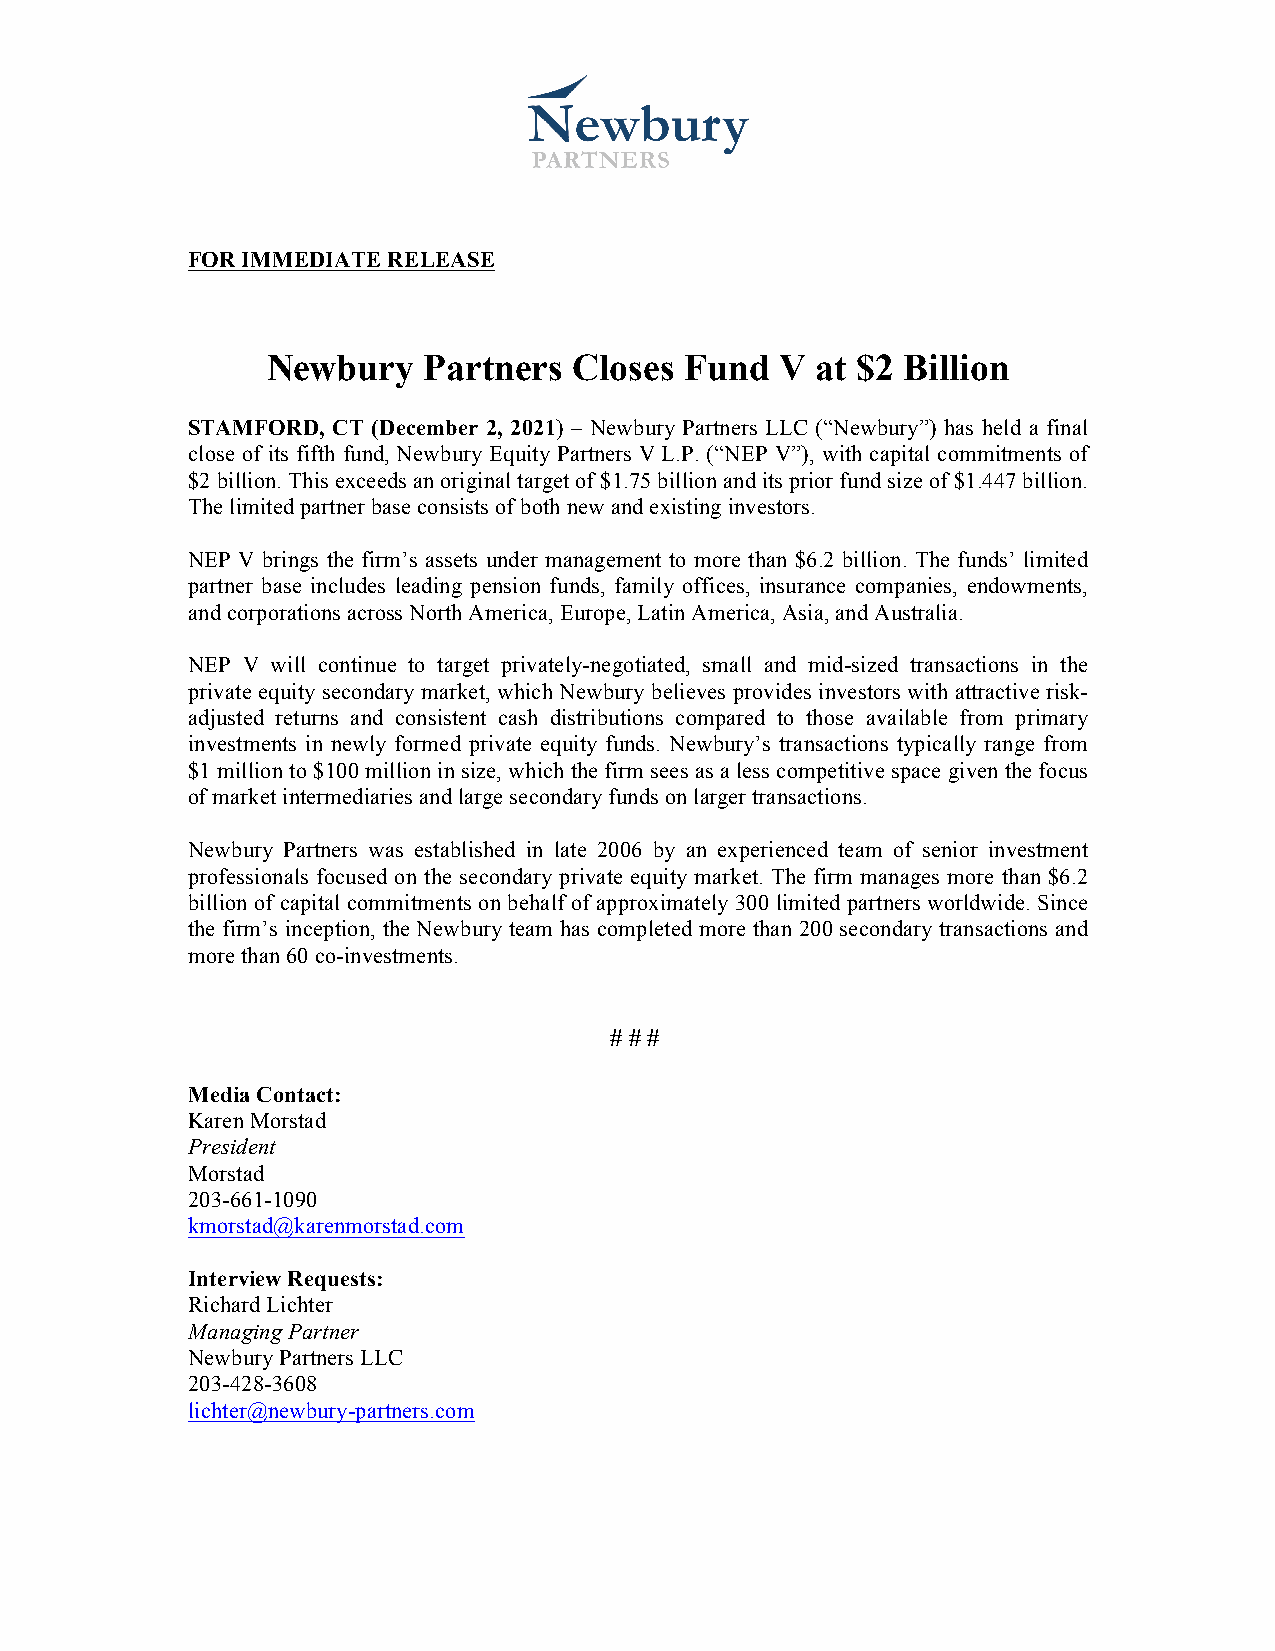
FOR IMMEDIATE RELEASE
 Newbury   Partners  Closes Fund   V at $2 Billion
 STAMFORD, CT (December 2, 2021) – Newbury Partners LLC (“Newbury”) has held a final
 close of its fifth fund, Newbury Equity Partners V L.P. (“NEP V”), with capital commitments of
 $2 billion. This exceeds an original target of $1.75 billion and its prior fund size of $1.447 billion.
 The limited partner base consists of both new and existing investors.
 NEP V brings the firm’s assets under management to more than $6.2 billion. The funds’ limited
 partner base includes leading pension funds, family offices, insurance companies, endowments,
 and corporations across North America, Europe, Latin America, Asia, and Australia.
 NEP V will continue to target privately-negotiated, small and mid-sized transactions in the
 private equity secondary market, which Newbury believes provides investors with attractive risk-
 adjusted returns and consistent cash distributions compared to those available from primary
 investments in newly formed private equity funds. Newbury’s transactions typically range from
 $1 million to $100 million in size, which the firm sees as a less competitive space given the focus
 of market intermediaries and large secondary funds on larger transactions.
 Newbury Partners was established in late 2006 by an experienced team of senior investment
 professionals focused on the secondary private equity market. The firm manages more than $6.2
 billion of capital commitments on behalf of approximately 300 limited partners worldwide. Since
 the firm’s inception, the Newbury team has completed more than 200 secondary transactions and
 more than 60 co-investments.
 # # #
 Media Contact:
 Karen Morstad
 President
 Morstad
 203-661-1090
 kmorstad@karenmorstad.com
 Interview Requests:
 Richard Lichter
 Managing Partner
 Newbury Partners LLC
 203-428-3608
 lichter@newbury-partners.com